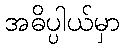
အဓိပ္ပါယ်မှာ